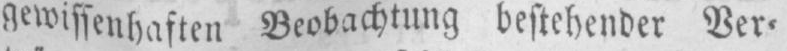
gewissenhaften Beobachtung bestehender Ver⸗